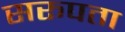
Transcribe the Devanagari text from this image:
सरूपता